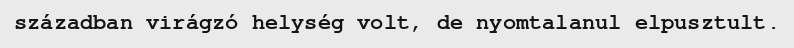
században virágzó helység volt, de nyomtalanul elpusztult.